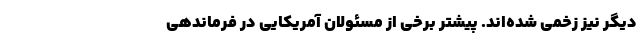
دیگر نیز زخمی شده‌اند. پیشتر برخی از مسئولان آمریکایی در فرماندهی